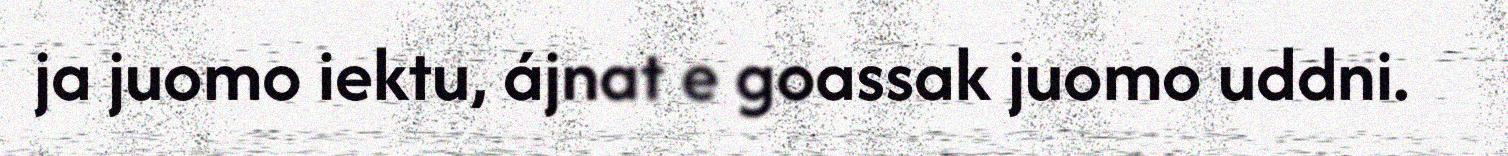
ja juomo iektu, ájnat e goassak juomo uddni.